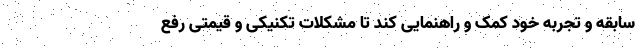
سابقه و تجربه خود کمک و راهنمایی کند تا مشکلات تکنیکی و قیمتی رفع